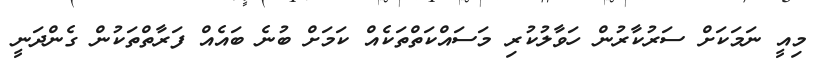
މިއީ ނަމަކަށް ސަރުކާރުން ހަވާލުކުރި މަސައްކަތްތަކެއް ކަމަށް ބުނެ ބައެއް ފަރާތްތަކުން ގެންދަނީ